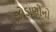
જોડાણોનો